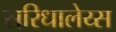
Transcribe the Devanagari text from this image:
सरिधालेय्स